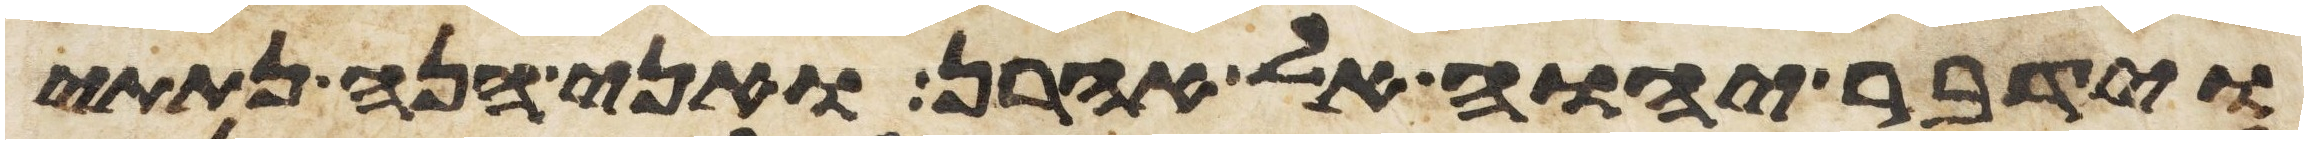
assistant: וידבר יהוה אל אהרן ואני הנה נתתי